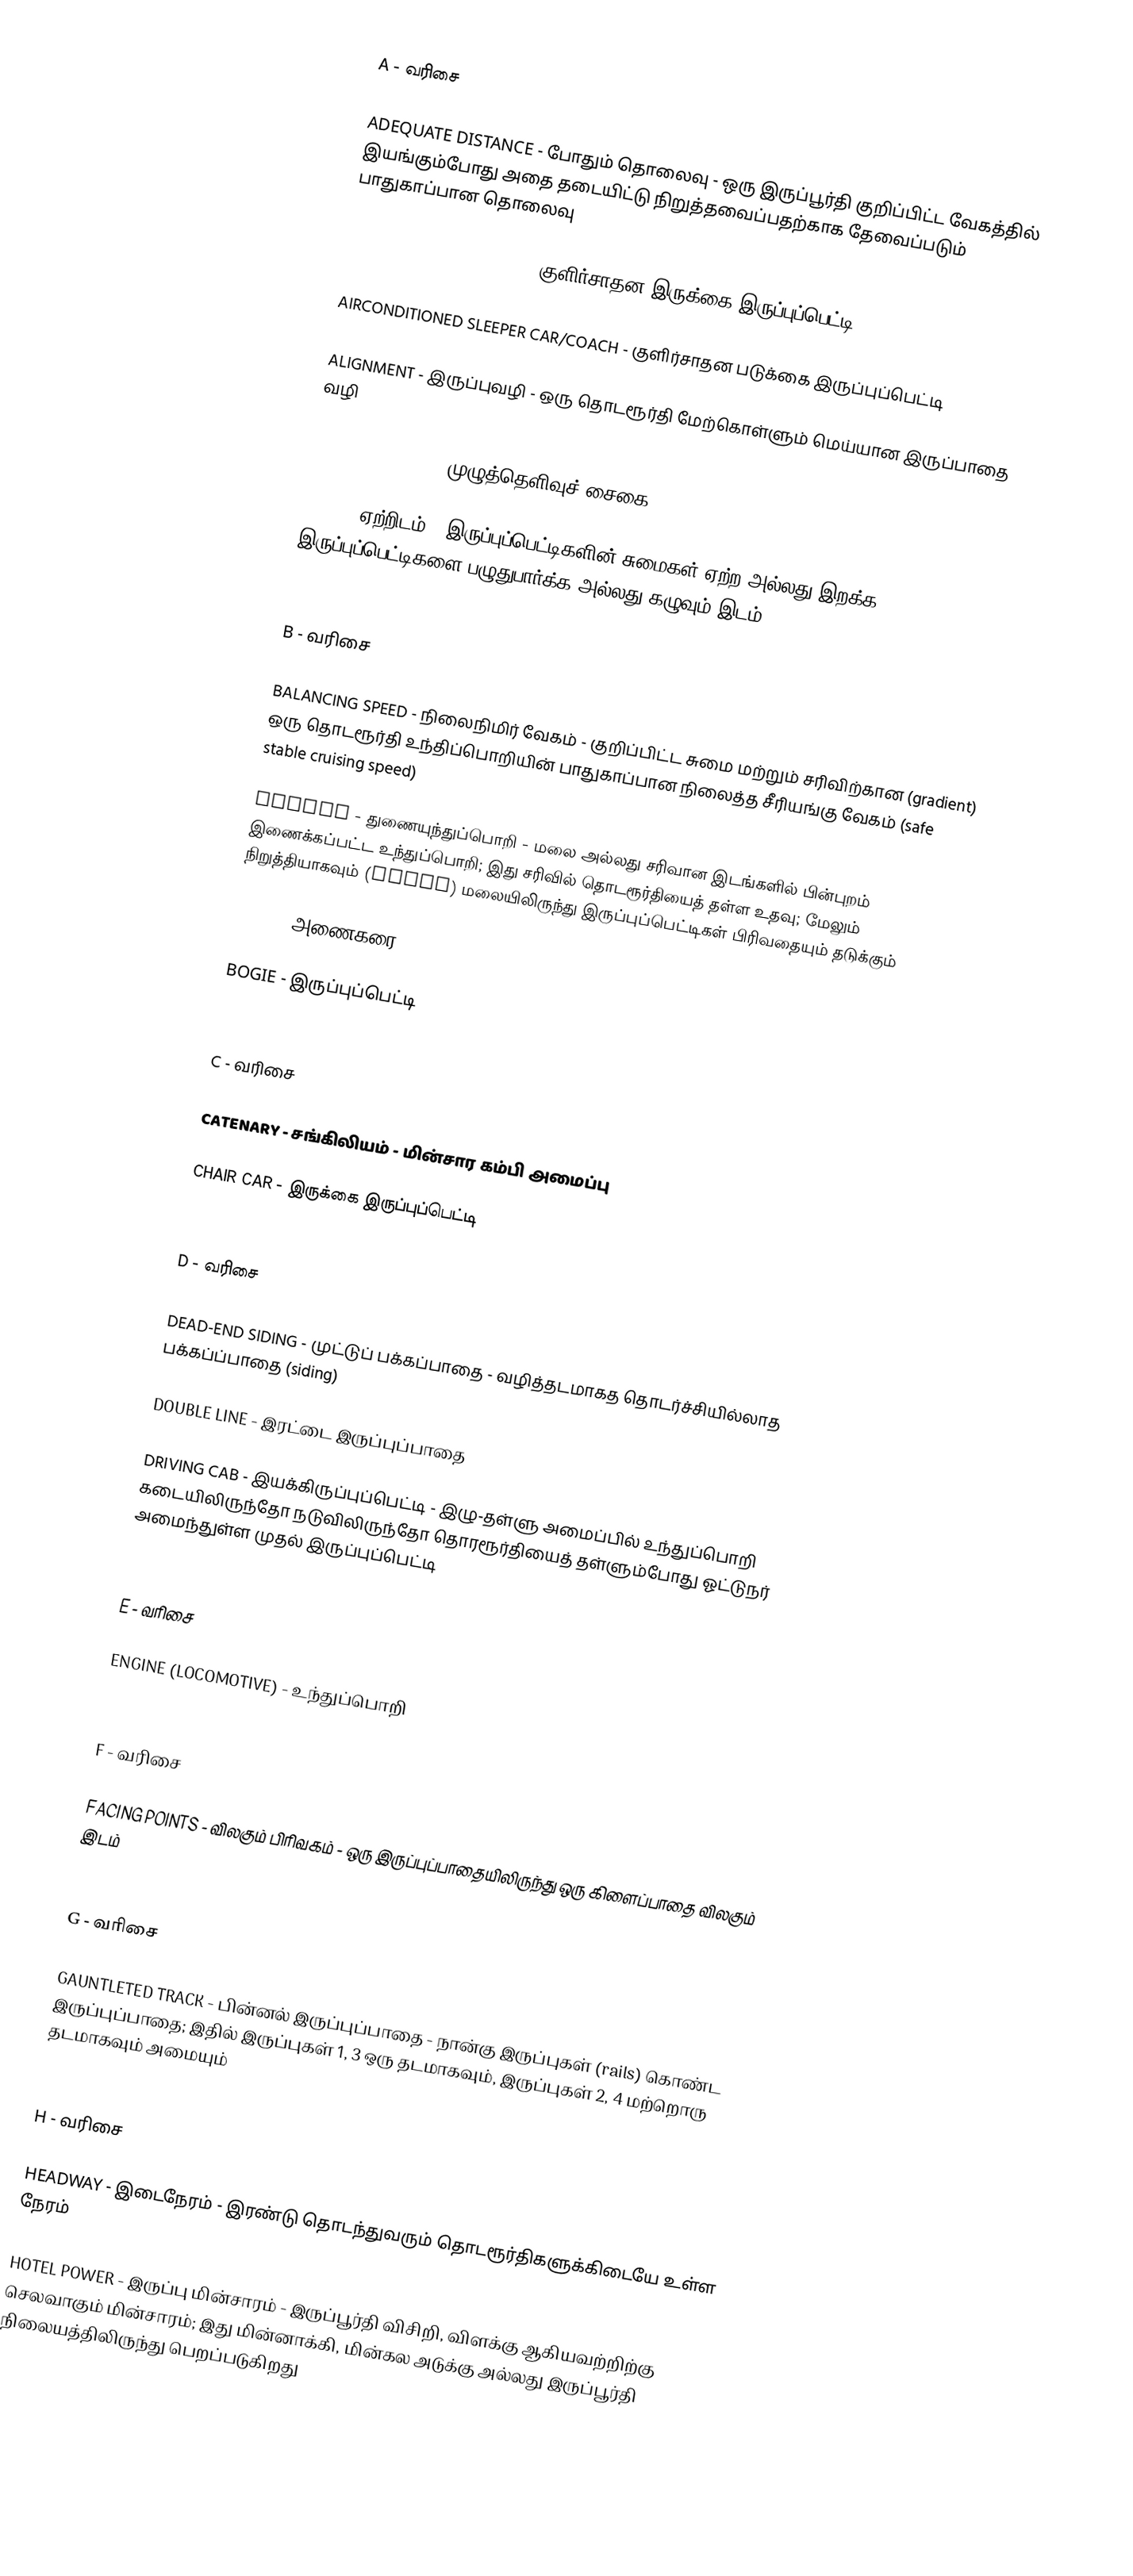
A - வரிசை

ADEQUATE DISTANCE - போதும் தொலைவு - ஒரு இருப்பூர்தி குறிப்பிட்ட வேகத்தில் இயங்கும்போது அதை தடையிட்டு நிறுத்தவைப்பதற்காக தேவைப்படும் பாதுகாப்பான தொலைவு

AIRCONDITIONED CHAIR CAR - குளிர்சாதன இருக்கை இருப்புப்பெட்டி

AIRCONDITIONED SLEEPER CAR/COACH - குளிர்சாதன படுக்கை இருப்புப்பெட்டி

ALIGNMENT - இருப்புவழி - ஒரு தொடரூர்தி மேற்கொள்ளும் மெய்யான இருப்பாதை வழி

ALL-CLEAR SIGNAL - முழுத்தெளிவுச் சைகை

APRON - ஏற்றிடம் - இருப்புப்பெட்டிகளின் சுமைகள் ஏற்ற அல்லது இறக்க; இருப்புப்பெட்டிகளை பழுதுபார்க்க அல்லது கழுவும் இடம்

B - வரிசை

BALANCING SPEED - நிலைநிமிர் வேகம் - குறிப்பிட்ட சுமை மற்றும் சரிவிற்கான (gradient) ஒரு தொடரூர்தி உந்திப்பொறியின் பாதுகாப்பான நிலைத்த சீரியங்கு வேகம் (safe stable cruising speed)

BANKER - துணையுந்துப்பொறி - மலை அல்லது சரிவான இடங்களில் பின்புறம் இணைக்கப்பட்ட உந்துப்பொறி; இது சரிவில் தொடரூர்தியைத் தள்ள உதவு; மேலும் நிறுத்தியாகவும் (brake) மலையிலிருந்து இருப்புப்பெட்டிகள் பிரிவதையும் தடுக்கும்

BERTH - அணைகரை

BOGIE - இருப்புப்பெட்டி

C - வரிசை

CATENARY - சங்கிலியம் - மின்சார கம்பி அமைப்பு

CHAIR CAR - இருக்கை இருப்புப்பெட்டி

D - வரிசை

DEAD-END SIDING - முட்டுப் பக்கப்பாதை - வழித்தடமாகத தொடர்ச்சியில்லாத பக்கப்ப்பாதை (siding)

DOUBLE LINE - இரட்டை இருப்புப்பாதை

DRIVING CAB - இயக்கிருப்புப்பெட்டி - இழு-தள்ளு அமைப்பில் உந்துப்பொறி கடையிலிருந்தோ நடுவிலிருந்தோ தொரரூர்தியைத் தள்ளும்போது ஓட்டுநர் அமைந்துள்ள முதல் இருப்புப்பெட்டி

E - வரிசை

ENGINE (LOCOMOTIVE) - உந்துப்பொறி

F - வரிசை

FACING POINTS - விலகும் பிரிவகம் - ஒரு இருப்புப்பாதையிலிருந்து ஒரு கிளைப்பாதை விலகும் இடம்

G - வரிசை

GAUNTLETED TRACK - பின்னல் இருப்புப்பாதை - நான்கு இருப்புகள் (rails) கொண்ட இருப்புப்பாதை; இதில் இருப்புகள் 1, 3 ஒரு தடமாகவும், இருப்புகள் 2, 4 மற்றொரு தடமாகவும் அமையும்

H - வரிசை

HEADWAY - இடைநேரம் - இரண்டு தொடந்துவரும் தொடரூர்திகளுக்கிடையே உள்ள நேரம்

HOTEL POWER - இருப்பு மின்சாரம் - இருப்பூர்தி விசிறி, விளக்கு ஆகியவற்றிற்கு செலவாகும் மின்சாரம்; இது மின்னாக்கி, மின்கல அடுக்கு அல்லது இருப்பூர்தி நிலையத்திலிருந்து பெறப்படுகிறது

I